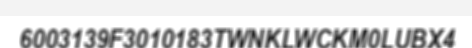
6003139F3010183TWNKLWCKM0LUBX4